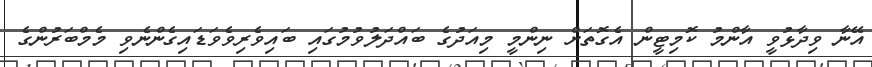
އޭނާ ވިދާޅުވީ އާންމު ކޮމިޓީން އެގޮތަށް ނިންމީ މިއަދުގެ ބައްދަލުވުމުގައި ބައިވެރިވެވަޑައިގެންނެވި މެމްބަރުންގެ